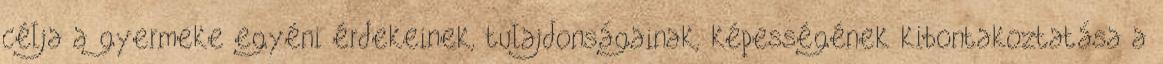
célja a gyermeke egyéni érdekeinek, tulajdonságainak, képességének kibontakoztatása a